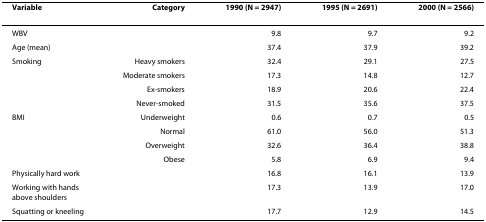
<table><thead><tr><td><b>Variable</b></td><td><b>Category</b></td><td><b>1990 (N = 2947)</b></td><td><b>1995 (N = 2691)</b></td><td><b>2000 (N = 2566)</b></td></tr></thead><tbody><tr><td>WBV</td><td></td><td>9.8</td><td>9.7</td><td>9.2</td></tr><tr><td>Age (mean)</td><td></td><td>37.4</td><td>37.9</td><td>39.2</td></tr><tr><td>Smoking</td><td>Heavy smokers</td><td>32.4</td><td>29.1</td><td>27.5</td></tr><tr><td></td><td>Moderate smokers</td><td>17.3</td><td>14.8</td><td>12.7</td></tr><tr><td></td><td>Ex-smokers</td><td>18.9</td><td>20.6</td><td>22.4</td></tr><tr><td></td><td>Never-smoked</td><td>31.5</td><td>35.6</td><td>37.5</td></tr><tr><td>BMI</td><td>Underweight</td><td>0.6</td><td>0.7</td><td>0.5</td></tr><tr><td></td><td>Normal</td><td>61.0</td><td>56.0</td><td>51.3</td></tr><tr><td></td><td>Overweight</td><td>32.6</td><td>36.4</td><td>38.8</td></tr><tr><td></td><td>Obese</td><td>5.8</td><td>6.9</td><td>9.4</td></tr><tr><td>Physically hard work</td><td></td><td>16.8</td><td>16.1</td><td>13.9</td></tr><tr><td>Working with hands above shoulders</td><td></td><td>17.3</td><td>13.9</td><td>17.0</td></tr><tr><td>Squatting or kneeling</td><td></td><td>17.7</td><td>12.9</td><td>14.5</td></tr></tbody></table>